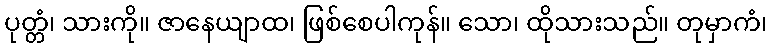
ပုတ္တံ၊ သားကို။ ဇာနေယျာထ၊ ဖြစ်စေပါကုန်။ သော၊ ထိုသားသည်။ တုမှာကံ၊